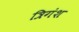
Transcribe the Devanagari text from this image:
त्रिगंश